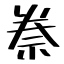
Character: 䄅